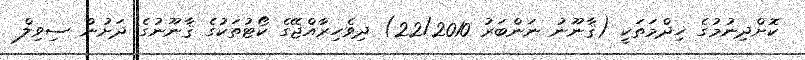
ކޮށްދިނުމުގެ ޚިދްމަތަކީ (ޤާނޫނު ނަންބަރު 22/2010) ދިވެހިރާއްޖޭގެ ކޯޓުތަކުގެ ޤާނޫނުގެ ދަށުން ސިވިލް